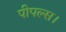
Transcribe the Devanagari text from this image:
पीपल्स।